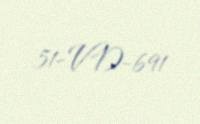
51-VD-691